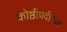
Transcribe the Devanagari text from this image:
कोष्ठीप्रदीपात